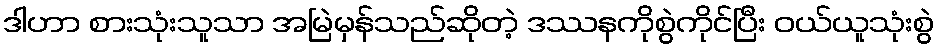
ဒါဟာ စားသုံးသူသာ အမြဲမှန်သည်ဆိုတဲ့ ဒဿနကိုစွဲကိုင်ပြီး ဝယ်ယူသုံးစွဲ